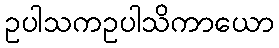
ဥပါသကဥပါသိကာယော